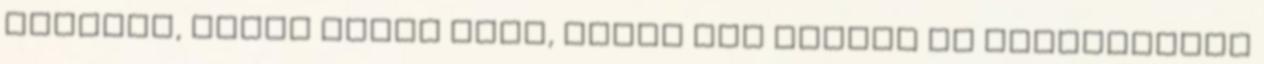
posztot, amely arról szól, miért nem tudnék én gondtalanul